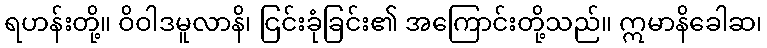
ရဟန်းတို့။ ဝိဝါဒမူလာနိ၊ ငြင်းခုံခြင်း၏ အကြောင်းတို့သည်။ ဣမာနိခေါဆ၊